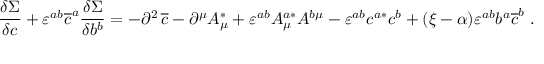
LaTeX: \frac { \delta \Sigma } { \delta c } + \varepsilon ^ { a b } \overline { { { c } } } ^ { a } \frac { \delta \Sigma } { \delta b ^ { b } } = - \partial ^ { 2 } \, \overline { { { c } } } - \partial ^ { \mu } A _ { \mu } ^ { * } + \varepsilon ^ { a b } A _ { \mu } ^ { a * } A ^ { b \mu } - \varepsilon ^ { a b } c ^ { a * } c ^ { b } + ( \xi - \alpha ) \varepsilon ^ { a b } b ^ { a } \overline { { { c } } } ^ { b } \; .